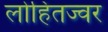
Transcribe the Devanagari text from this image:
लोहितज्वर